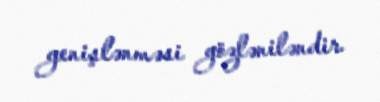
genişlənməsi gözləniləndir.